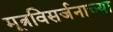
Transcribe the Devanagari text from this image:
मूत्रविसर्जनाच्या